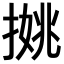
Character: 𢱐